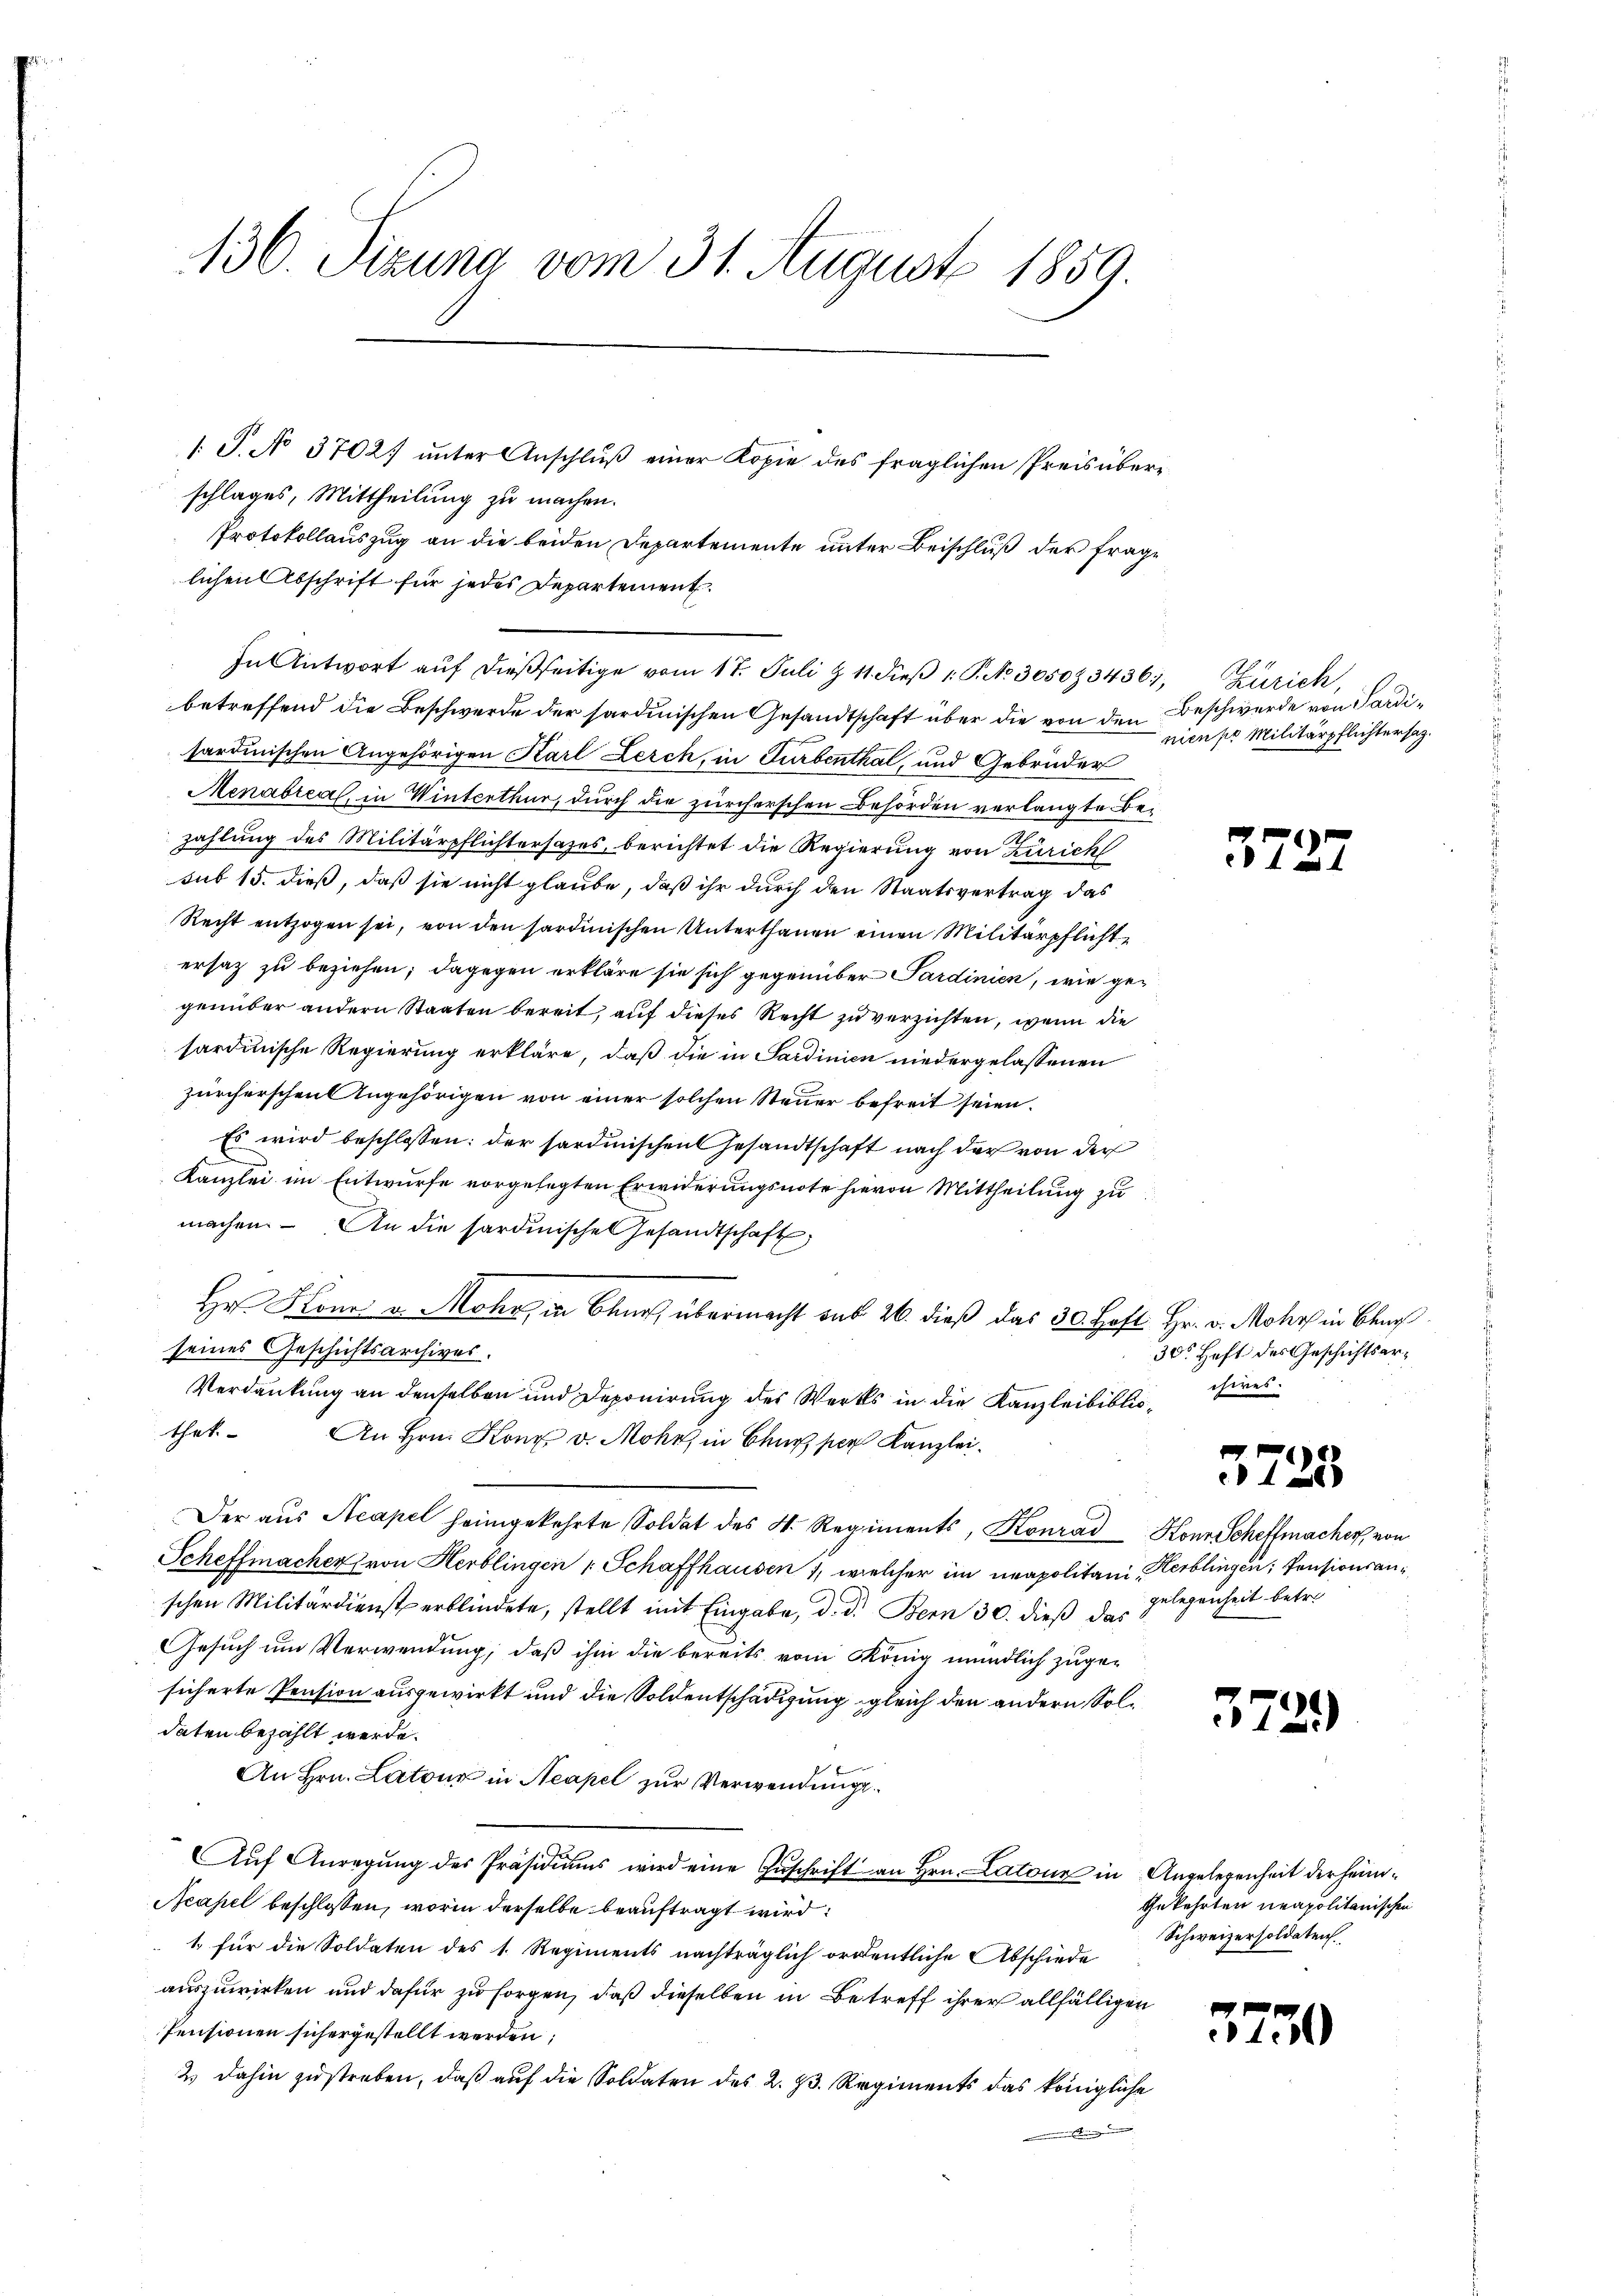
130. Sizung vom 31. August 1859.

schlages, Mittheilung zu machen.
Protokollauszug an die beiden Departemente unter Beischluß der Frage
lichen Abschrift für jedes Departement.
In Antwort aŭf dießseitige vom 17. Juli & 11. dieβ 1. P. Nr. 305083436, Zürich,
betreffend die Beschwerde der sardinischen Gesandtschaft über die von den Beschwerde von Sardisardinischen Angehörigen Karl Lerch, in Turbenthal, und Gebrüder
Menabreal, in Winterthur, durch die zürcherschen Behörden verlangte Bezahlung des Militärpflichtersazes, berichtet die Regierung von Zürich
sub 15. dieß, daß sie nicht glaube, daß ihr durch den Staatsvertrag das
Recht entzogen sei, von den sardinischen Unterthanen einen Militärpflichte
ersatz zu beziehen; dagegen erkläre sie sich gegenüber Sardinien, wie gegenüber andern Staaten bereit, auf dieses Recht zu verzichten, wenn die
sardinische Regierung erkläre, daß die in Sardinien niedergelassenen
zürcherschen Angehörigen von einer solchen Steuer befreit seien.
Es wird beschlossen: der Sardinischen Gesandtschaft nach der von der
Kanzlei im Entwurfe vorgelegten Erwiderungsnote hievon Mittheilung zu
machen. An die Pardinisches Gesandtschaft,
Hr. Hona v. Mohr, in Baur, übermacht sub 26. dieß das 30. Hoft. Hr. v. Mohr in Bean
seines Geschichtsarchives.
Verdankung an denselben und Deponirung des Werks in die Kanzleibibliothek
An Hrn. Kony v. Mohr, in Chur, per Kanzlei¬
Der aus Acapel heimgekehrte Soldat des H. Regiments, Konrad Konr. Scheffmacher, von
Scheffmacher von Herblingen 1 Schaffhausen 1, welcher im neapolitani erblingen, Pensionsanschen Militärdienst erblindete, stellt mit Eingabe, d. d. Bern 30. dieß das
Gesuch um Verwendung, daß ihm die bereits vom König mündlich zugesicherte Pension ausgewirkt und die Soldentschädigung gleich den andern, Soldaten bezahlt werde.
An Hrn. Latour in Neapel zur Verwendungs¬
Aŭf Anregŭng des Präsidiŭms wird eine Zŭschrift an Hrn. Latone in Angelegenheit der heim¬
Neapel beschlossen, worin derselbe beauftragt wird:
1. für die Soldaten des 1. Regiments nachträglich ordentliche Abschiede
auszuwirken und dafür zu sorgen, daß dieselben in Betreff ihrer allfälligen
Pensionen sichergestellt werden;
2.) Dahin zu streben, daß auf die Soldaten des 2. 23. Regiments das königliche
 Sinne

1 S. No 3702. unter Anschluß einer Kopie des fraglichen Preis über¬

nien pr Militärpflichtersatz.

3

30 Heft des Geschichtserchires.

5725.

gelegenheit betr.

37

2

)

Gekehrten neapolitanischen
Schweizersoldaten

5730